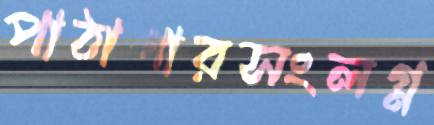
পাঠাগারসংলগ্ন